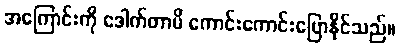
အကြောင်းကို ဒေါက်တာမိ ကောင်းကောင်းပြောနိုင်သည်။